Annual report of the Punjab Veterinary College and of the Civil Veterinary Department, Punjab - 1926-1932
Year: 1926
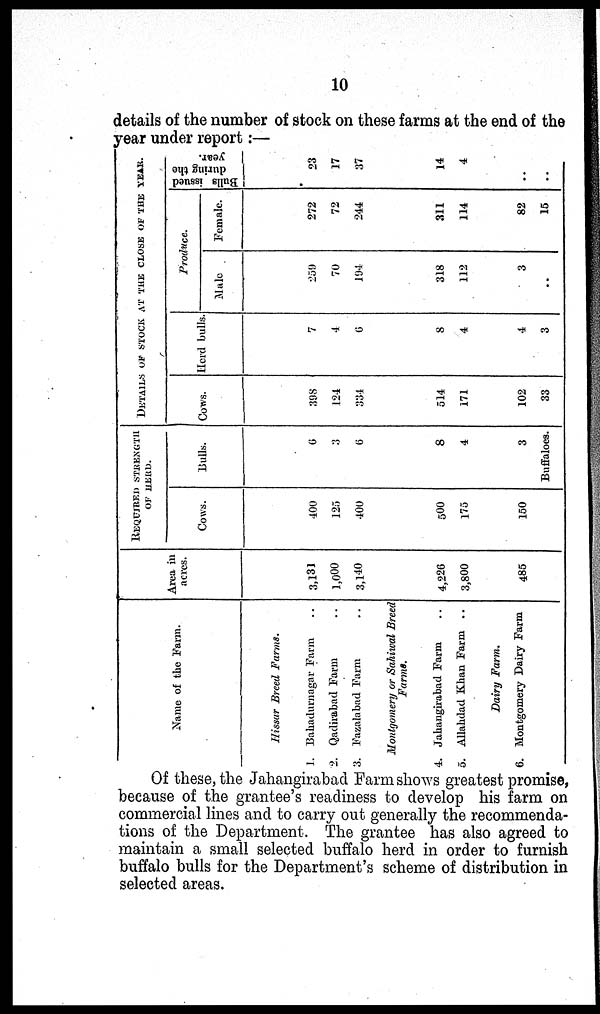
10
details of the number of stock on these farms at the end of the
year under report:—
Name of the Farm.
Hissar Breed Farms.
1. Bahadurnagar Farm ..
2. Qadirabad Farm ..
3. Fazalabad Farm ..
Montgomery or Sahiwal Breed
Farms.
4. Jahangirabad Farm ..
5. Allahdad Khan Farm ..
Dairy Farm.
6. Montgomery Dairy Farm
Area in
acres.
3,131
1,000
3,140
4,226
3,800
485
REQUIRED STRENGTH
OF HERD.
Cows.
400
125
400
500
175
150
Bulls.
6
3
6
8
4
3
Buffaloes.
DETAILS OF STOCK AT THE CLOSE OF THE YEAR.
Cows.
398
124
334
514
171
102
33
Herd bulls.
7
4
6
8
4
4
3
Produce.
Male
259
70
194
318
112
3
..
Female.
272
72
244
311
114
82
15
Bulls issued
during the
year.
23
17
37
14
4
..
..
Of these, the Jahangirabad Farm shows greatest promise,
because of the grantee's readiness to develop his farm on
commercial lines and to carry out generally the recommenda-
tions of the Department. The grantee has also agreed to
maintain a small selected buffalo herd in order to furnish
buffalo bulls for the Department's scheme of distribution in
selected areas.